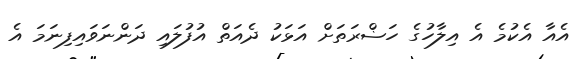
އެއާ އެކުމެ އެ އިލާހުގެ ހަޟްރަތަށް އަޅަކު ދެއަތް އުފުލައި ދަންނަވައިފިނަމަ އެ